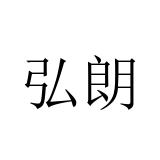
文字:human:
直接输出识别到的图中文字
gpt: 弘朗